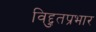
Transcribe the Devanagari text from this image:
विद्दुतप्रभार